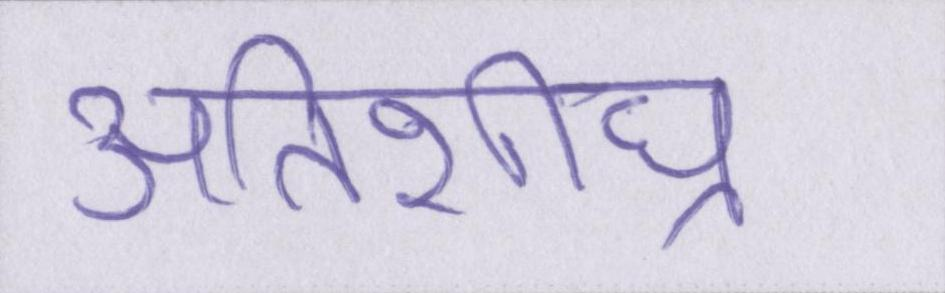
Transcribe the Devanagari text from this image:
अतिशीघ्र